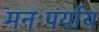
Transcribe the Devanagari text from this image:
मनःपर्याय